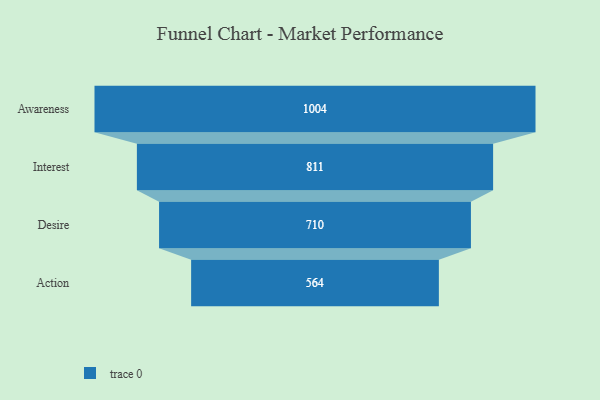
{"axis": {"x": "Stage", "y": "Value"}, "legend": [""], "data": [{"x": "Awareness", "y": 1004.0, "type": ""}, {"x": "Interest", "y": 811.0, "type": ""}, {"x": "Desire", "y": 710.0, "type": ""}, {"x": "Action", "y": 564.0, "type": ""}]}